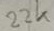
Text: 22k